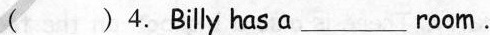
( )4.Billy has a ___ room.